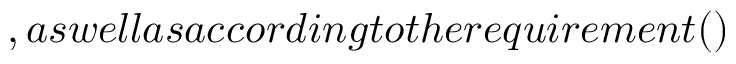
, a s w e l l a s a c c o r d i n g t o t h e r e q u i r e m e n t ( )